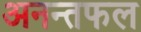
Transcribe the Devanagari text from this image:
अनन्तफल